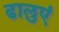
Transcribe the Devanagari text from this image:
ढालुएं